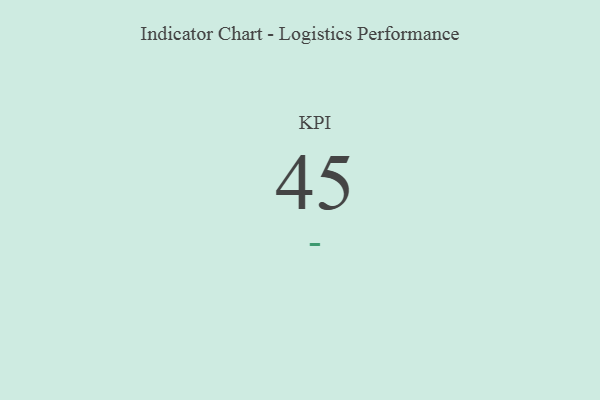
{"axis": {"x": "KPI", "y": "Value"}, "legend": [""], "data": [{"x": "KPI", "y": 45, "type": ""}]}